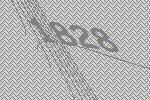
1828